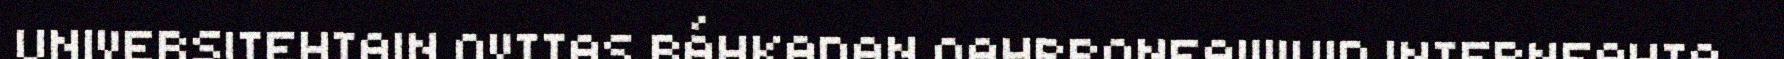
UNIVERSITEHTAIN OVTTAS RÁHKADAN OAHPPONEAVVUID INTERNEAHTA